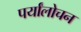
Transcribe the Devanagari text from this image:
पर्यांलोचन